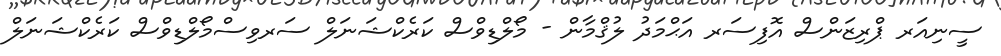
ސީނިއަރ ޕްރިޒަންސް އޮފިސަރ އަޙްމަދު ލުޤްމާން - މޯލްޑިވްސް ކަރެކްޝަނަލް ސަރވިސްމޯލްޑިވްސް ކަރެކްޝަނަލް